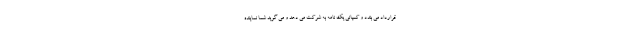
قرارداد می بندد و کمپانی یک نامه به شرکت می دهد و می گوید شما نماینده